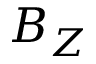
B _ { Z }